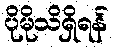
ပိုမိုသိရှိရန်